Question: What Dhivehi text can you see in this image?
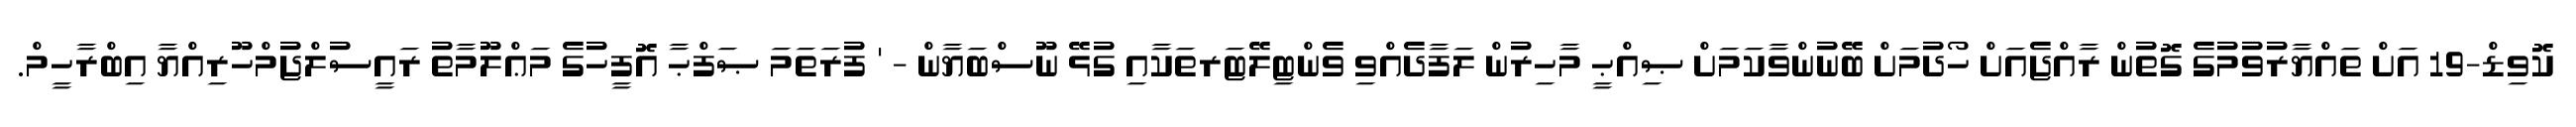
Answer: ކޮވިޑް-19 އަށް ތައްޔާރުވުމުގެ ގޮތުން ރާއްޖެއަށް ހޯދުމަށް ބޭނުންވާކަމަށް ޞިއްޙީ މާހިރުން ލަފާދެއްވި ވެންޓިލޭޓަރތަކާއި ގުޅޭ ނޫސްބަޔާން - ' ފުރަތަމަ ޞަފްޙާ އޮފީހުގެ މަޢްލޫމާތު ރައީސުލްޖުމްހޫރިއްޔާ އިބްރާހީމް.